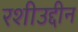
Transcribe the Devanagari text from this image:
रशीउद्दीन